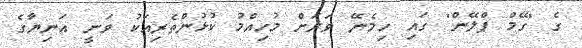
ގެ "ގޭމް ޕްލޭން" ގައި ހިމެނޭ ވަރަށް މުހިއްމު ކުޅުންތެރިއަކު ވަނީ އަނިޔާގެ